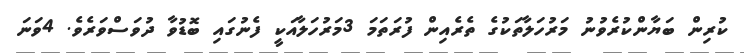
ކުރިން ބަޔާންކުރެވުނު މަރުހަލާތަކުގެ ތެރެއިން ފުރަތަމަ 3މަރުހަލާއަކީ ފެނުގައި ބޮޑުވާ ދުވަސްވަރެވެ. 4ވަނަ